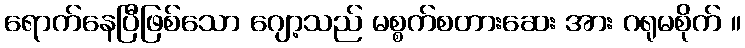
ရောက်နေပြီဖြစ်သော ဂျော့သည် မစ္စက်စတားဆေး အား ဂရုမစိုက် ။